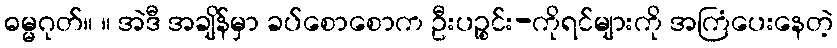
ဓမ္မဂုတ်။ ။ အဲဒီ အချိန်မှာ ခပ်စောစောက ဦးပဉ္စင်း-ကိုရင်များကို အကြံပေးနေတဲ့